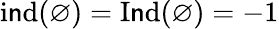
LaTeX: \operatorname{i\mathsf{n}d}(\varnothing)=\operatorname{I\mathsf{n}d}(\varnothing)=-1